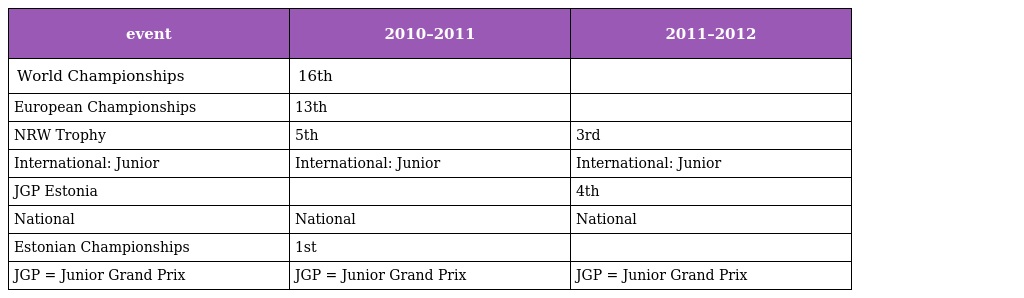
| event | 2010–2011 | 2011–2012 |
 | --- | --- | --- |
 | World Championships | 16th |  |
 | European Championships | 13th |  |
 | NRW Trophy | 5th | 3rd |
 | International: Junior | International: Junior | International: Junior |
 | JGP Estonia |  | 4th |
 | National | National | National |
 | Estonian Championships | 1st |  |
 | JGP = Junior Grand Prix | JGP = Junior Grand Prix | JGP = Junior Grand Prix |